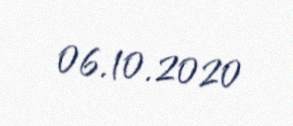
06.10.2020